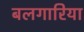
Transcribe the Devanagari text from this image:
बलगारिया